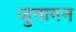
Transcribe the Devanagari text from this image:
जुनागन